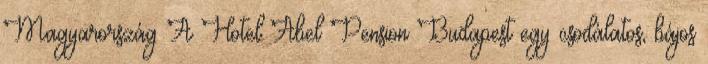
Magyarország A Hotel Abel Pension Budapest egy csodálatos, bájos